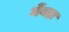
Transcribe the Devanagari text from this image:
मेंबड़ा